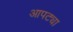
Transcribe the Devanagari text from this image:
आपट्या